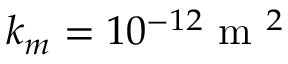
k _ { m } = 1 0 ^ { - 1 2 } \mathrm { ~ m ~ } ^ { 2 }